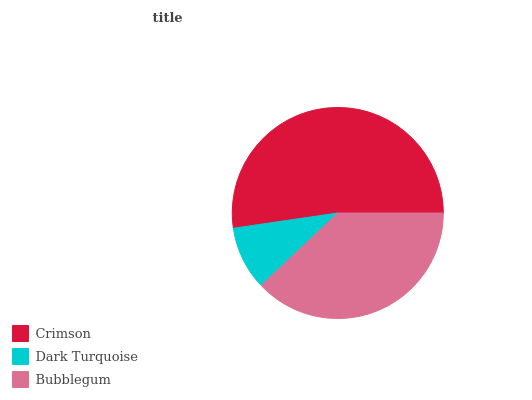
| Crimson | Dark Turquoise | Bubblegum |
 | --- | --- | --- |
 | 52.4% | 9.76% | 37.9% |